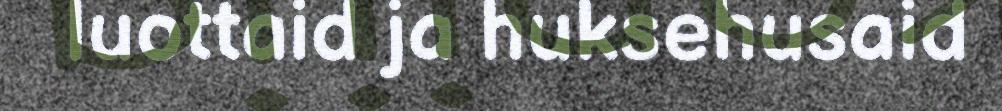
luottaid ja huksehusaid